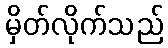
မှိတ်လိုက်သည်